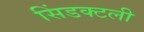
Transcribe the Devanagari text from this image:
सिंडक्टली